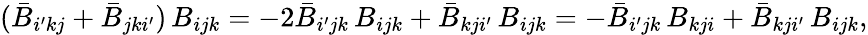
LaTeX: (\bar{B}_{i^{\prime}kj}+\bar{B}_{jki^{\prime}})\, B_{ijk}=-2\bar{B}_{i^{\prime}jk}\, B_{ijk}+\bar{B}_{kji^{\prime}}\, B_{ijk}=-\bar{B}_{i^{\prime}jk}\, B_{kji}+\bar{B}_{kji^{\prime}}\, B_{ijk},